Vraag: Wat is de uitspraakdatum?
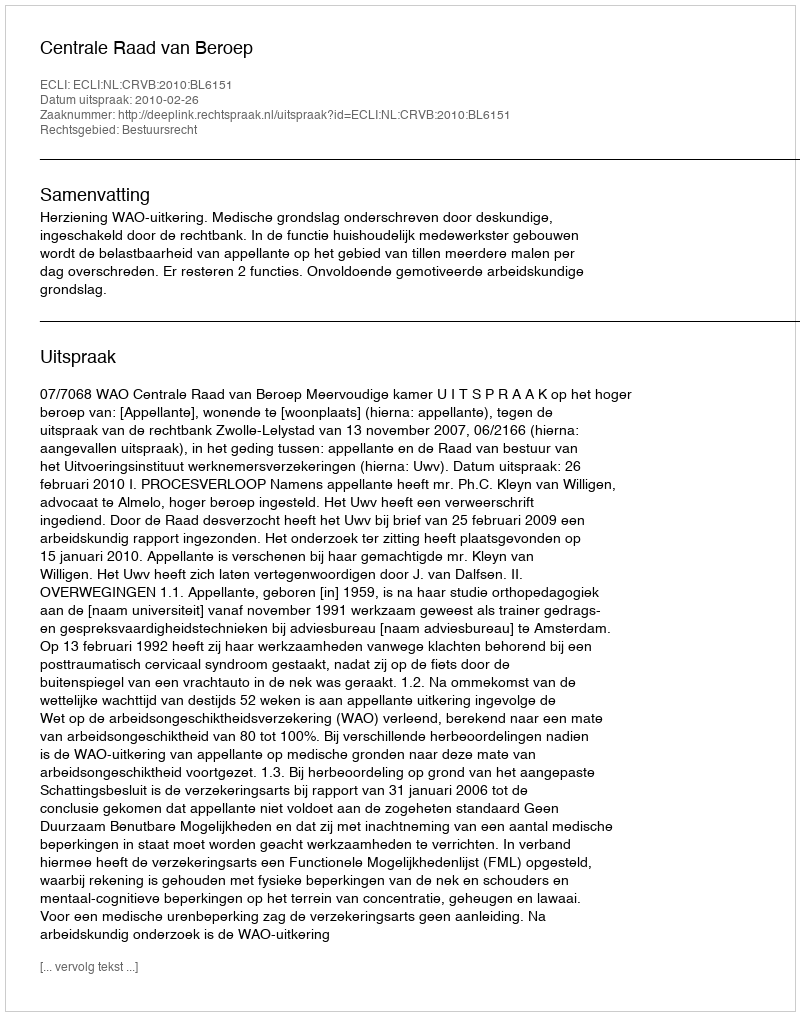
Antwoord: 2010-02-26